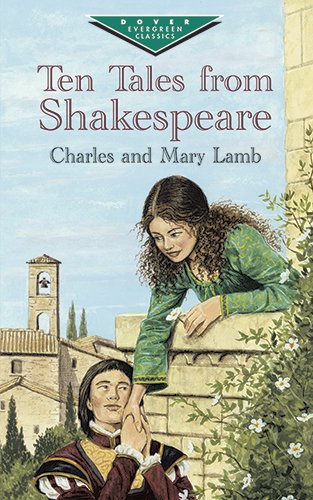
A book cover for Ten Tales from Shakespeare (Dover Children's Evergreen Classics); Charles Lamb; Literature & Fiction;